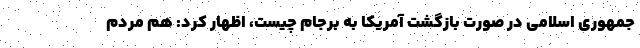
جمهوری اسلامی در صورت بازگشت آمریکا به برجام چیست، اظهار کرد: هم مردم